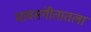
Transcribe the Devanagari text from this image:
भावसंगीतातला